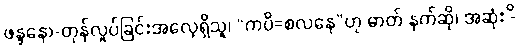
ဖန္ဒနော-တုန်လှုပ်ခြင်းအလေ့ရှိသူ၊ “ကပိ=စလနေ”ဟု ဓာတ် နက်ဆို၊ အဆုံး -ိ